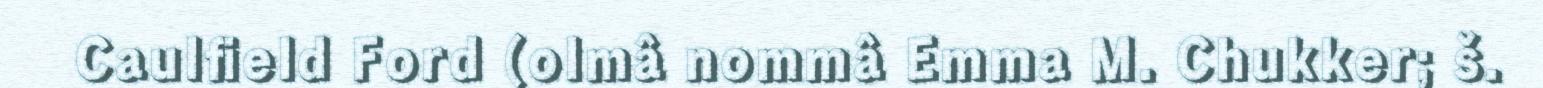
Caulfield Ford (olmâ nommâ Emma M. Chukker; š.